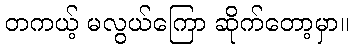
တကယ့် မလွယ်ကြော ဆိုက်တော့မှာ။